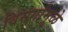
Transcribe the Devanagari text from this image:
विसर्गामुळे